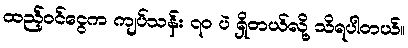
ထည့်ဝင်ငွေက ကျပ်သန်း ၇၀ ပဲ ရှိတယ်လို့ သိရပါတယ်။